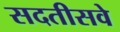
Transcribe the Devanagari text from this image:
सदतीसवे